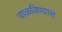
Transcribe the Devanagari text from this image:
वाळविण्यास